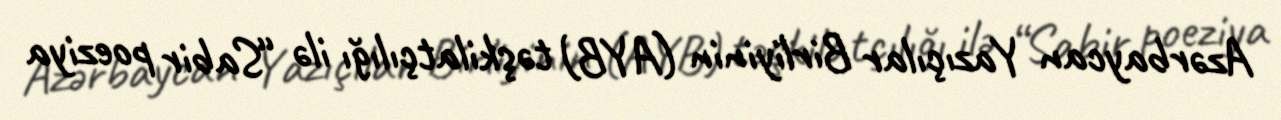
Azərbaycan Yazıçılar Birliyinin (AYB) təşkilatçılığı ilə “Sabir poeziya